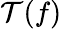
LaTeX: \mathcal{T}(f)